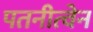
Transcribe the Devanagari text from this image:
पतनीत्वेन